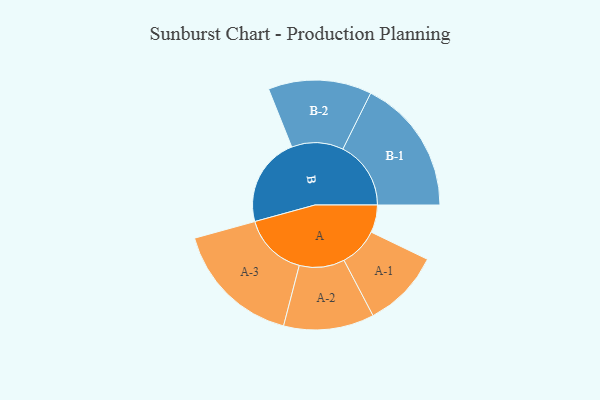
{"axis": {"x": "Segment", "y": "Value"}, "legend": ["", "A", "B"], "data": [{"x": "A", "y": 103, "type": ""}, {"x": "B", "y": 334, "type": ""}, {"x": "A-1", "y": 146, "type": "A"}, {"x": "A-2", "y": 169, "type": "A"}, {"x": "A-3", "y": 240, "type": "A"}, {"x": "B-1", "y": 254, "type": "B"}, {"x": "B-2", "y": 193, "type": "B"}]}